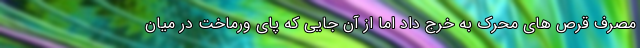
مصرف قرص های محرک به خرج داد اما از آن جایی که پای ورماخت در میان